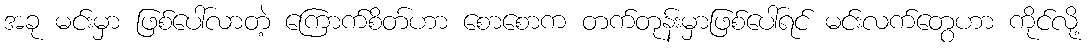
အခု မင်းမှာ ဖြစ်ပေါ်လာတဲ့ ကြောက်စိတ်ဟာ စောစောက တက်တုန်းမှာဖြစ်ပေါ်ရင် မင်းလက်တွေဟာ ကိုင်လို့